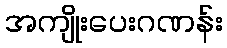
အကျိုးပေးဂဏန်း